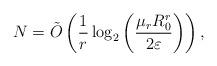
LaTeX: \begin{align*} N =\tilde{O}\left(\frac{1}{r}\log_2\left(\frac{\mu_rR_0^r}{2\varepsilon}\right)\right), \end{align*}